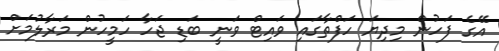
އޭގެ ފަހުން މިދިޔަ ހަފްތާގައި ވައިޓް ވަނީ ބަޑި ޖަހާ ހަމީހުން މަރާލުމަށް